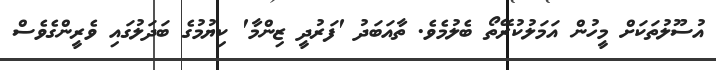
އުސޫލުތަކަށް މީހުން އަމަލުކުރޭތޯ ބެލުމެވެ. ތާއަބަދު 'ފަރުދީ ޒިންމާ' ކިޔުމުގެ ބަދަލުގައި ވެރީންގެވެސް